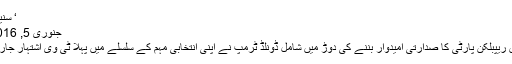
‘ سنیچر کو …
جنوری 5, 2016	280
امریکہ میں ریپبلکن پارٹی کا صدارتی امیدوار بننے کی دوڑ میں شامل ڈونلڈ ٹرمپ نے اپنی انتخابی مہم کے سلسلے میں پہلا ٹی وی اشتہار جاری کیا ہے۔